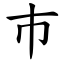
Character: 巿